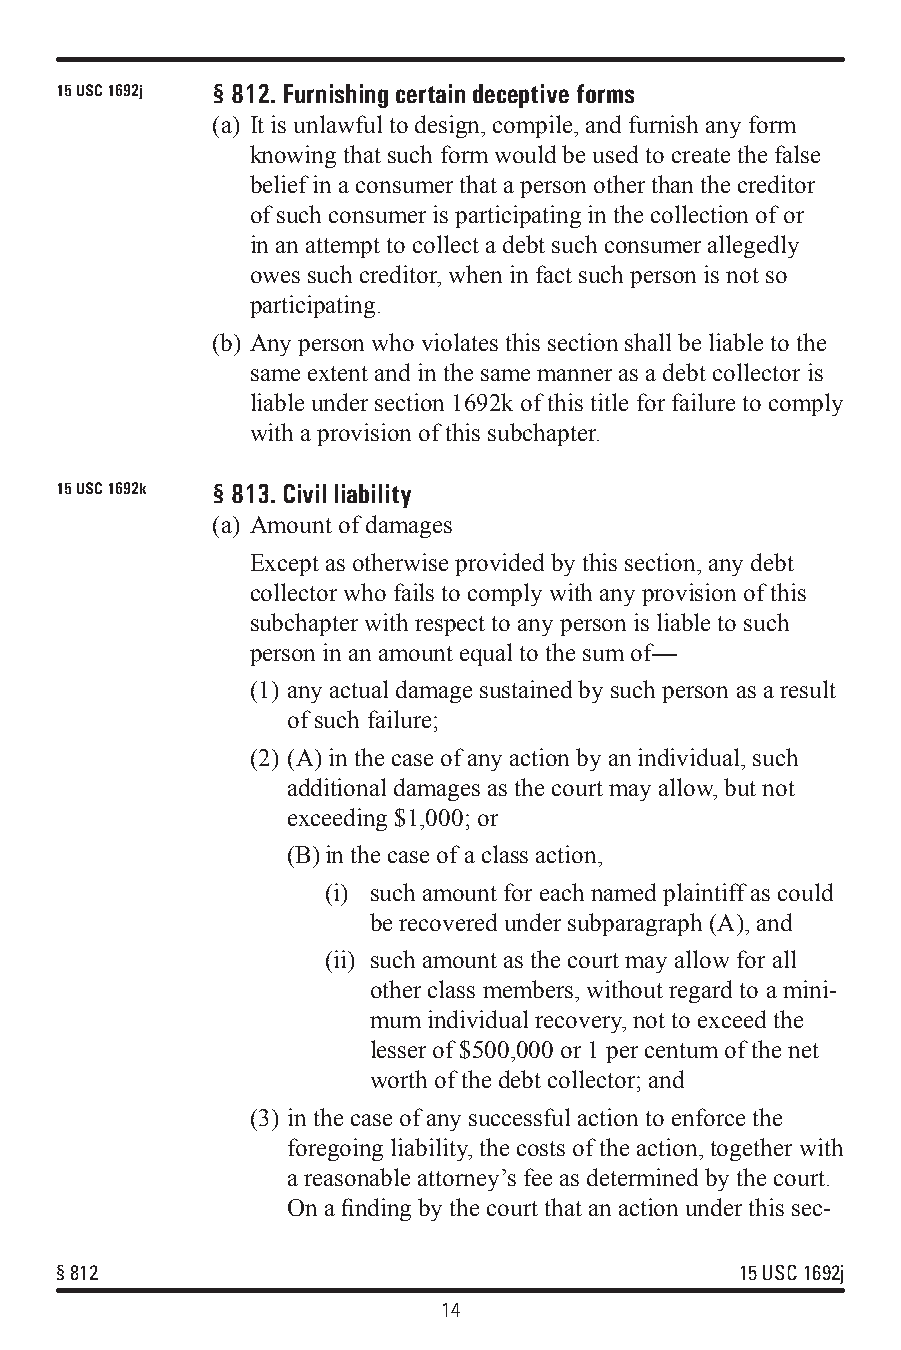
15 USC 1692j §812. Furnishing certain deceptive forms
 (a) It is unlawful to design, compile, and furnish any form
 knowing that such form would be used to create the false
 belief in a consumer that a person other than the creditor
 of such consumer is participating in the collection of or
 in an attempt to collect a debt such consumer allegedly
 owes such creditor, when in fact such person is not so
 participating.
 (b) Any person who violates this section shall be liable to the
 same extent and in the same manner as a debt collector is
 liable under section 1692k of this title for failure to comply
 with a provision of this subchapter.
 15 USC 1692k §813. Civil liability
 (a) Amount of damages
 Except as otherwise provided by this section, any debt
 collector who fails to comply with any provision of this
 subchapter with respect to any person is liable to such
 person in an amount equal to the sum of—
 (1) any actual damage sustained by such person as a result
 of such failure;
 (2) (A) in the case of any action by an individual, such
 additional damages as the court may allow, but not
 exceeding $1,000; or
 (B)in the case of a class action,
 (i) such amount for each named plaintiff as could
 be recovered under subparagraph (A), and
 (ii) such amount as the court may allow for all
 other class members, without regard to a mini-
 mum individual recovery, not to exceed the
 lesser of $500,000 or 1 per centum of the net
 worth of the debt collector; and
 (3) in the case of any successful action to enforce the
 foregoing liability, the costs of the action, together with
 a reasonable attorney’s fee as determined by the court.
 On a finding by the court that an action under this sec-
 §812                                         15 USC 1692j
 14